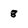
Character: 8